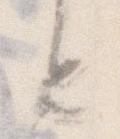
と